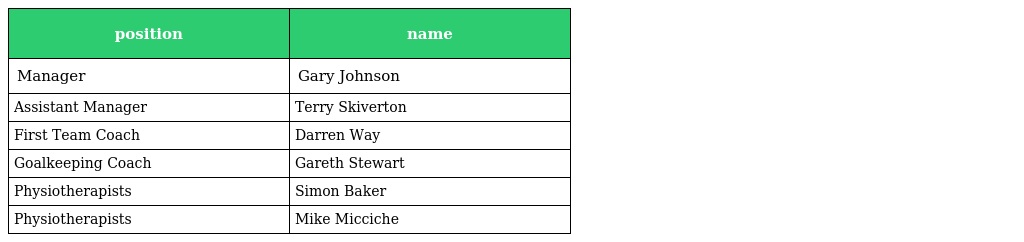
| position | name |
 | --- | --- |
 | Manager | Gary Johnson |
 | Assistant Manager | Terry Skiverton |
 | First Team Coach | Darren Way |
 | Goalkeeping Coach | Gareth Stewart |
 | Physiotherapists | Simon Baker |
 | Physiotherapists | Mike Micciche |